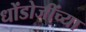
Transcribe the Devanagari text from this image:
धोंडोजींच्या